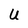
Character: U